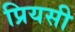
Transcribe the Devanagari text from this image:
प्रियसी